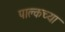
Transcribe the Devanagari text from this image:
पाल्कच्या